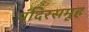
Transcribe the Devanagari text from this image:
मंदिरसमूह